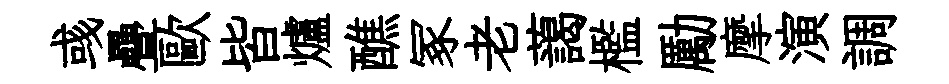
彧疊歐皆爐醮冢老藹檻勵摩演調